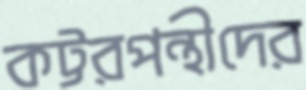
কট্টরপন্থীদের